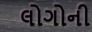
લોગોની